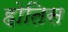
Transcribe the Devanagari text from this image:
होतिस